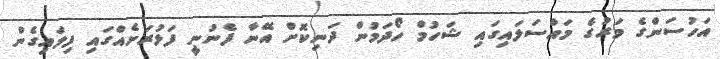
އަހުސަންގެ މަރުގެ މައްސަލައިގައި ޝަހުމް ހޯދަމުން ދަނިކޮށް އޭނާ ފެނުނީ ފަޅުރަށެއްގައި ފިލައިގެން